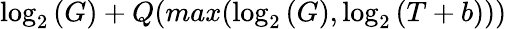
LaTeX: \log_{2}{(G)}+Q(max(\log_{2}{(G)},\log_{2}{(T+b)}))